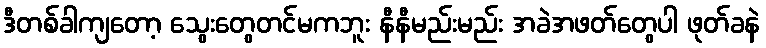
ဒီတစ်ခါကျတော့ သွေးတွေတင်မကဘူး နီနီမည်းမည်း အခဲအဖတ်တွေပါ ဖုတ်ခနဲ